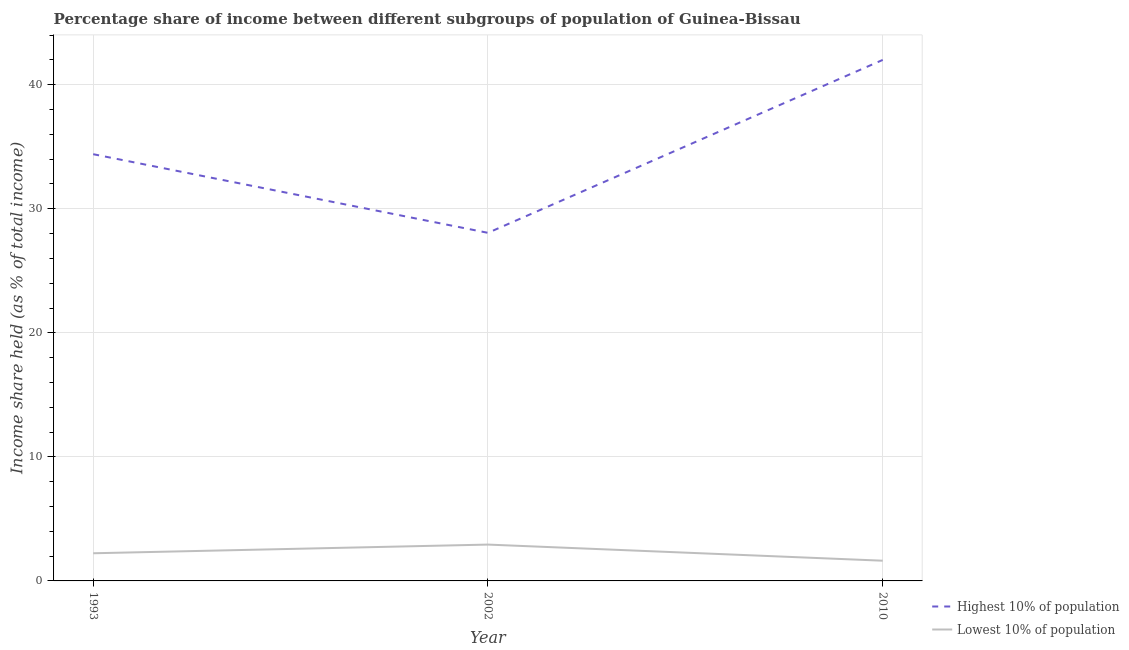
| Year | Highest 10% of population | Lowest 10% of population |
 | --- | --- | --- |
 | 1993 | 34.4 | 2.23 |
 | 2002 | 28.1 | 2.93 |
 | 2010 | 42 | 1.63 |